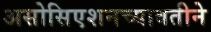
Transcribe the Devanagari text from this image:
असोसिएशनच्यावतीने